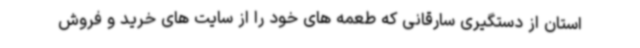
استان از دستگیری سارقانی که طعمه های خود را از سایت های خرید و فروش